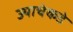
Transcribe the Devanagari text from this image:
ज्याचेकडे